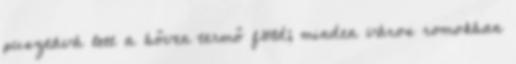
pusztává lett a bőven termő föld; minden város romokban